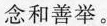
念和善举。